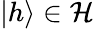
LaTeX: |h\rangle\in{\mathcal{H}}